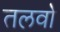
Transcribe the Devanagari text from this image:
तलवो